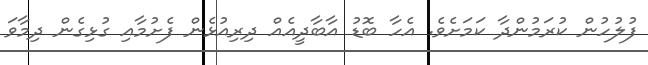
ފުލުހުން ކުރަމުންދާ ކަމަށެވެ. އެހާ ބޮޑު އާބާދީއެއް ދިރިއުޅެން ފެށުމާއި ގުޅިގެން ދިމާވަ